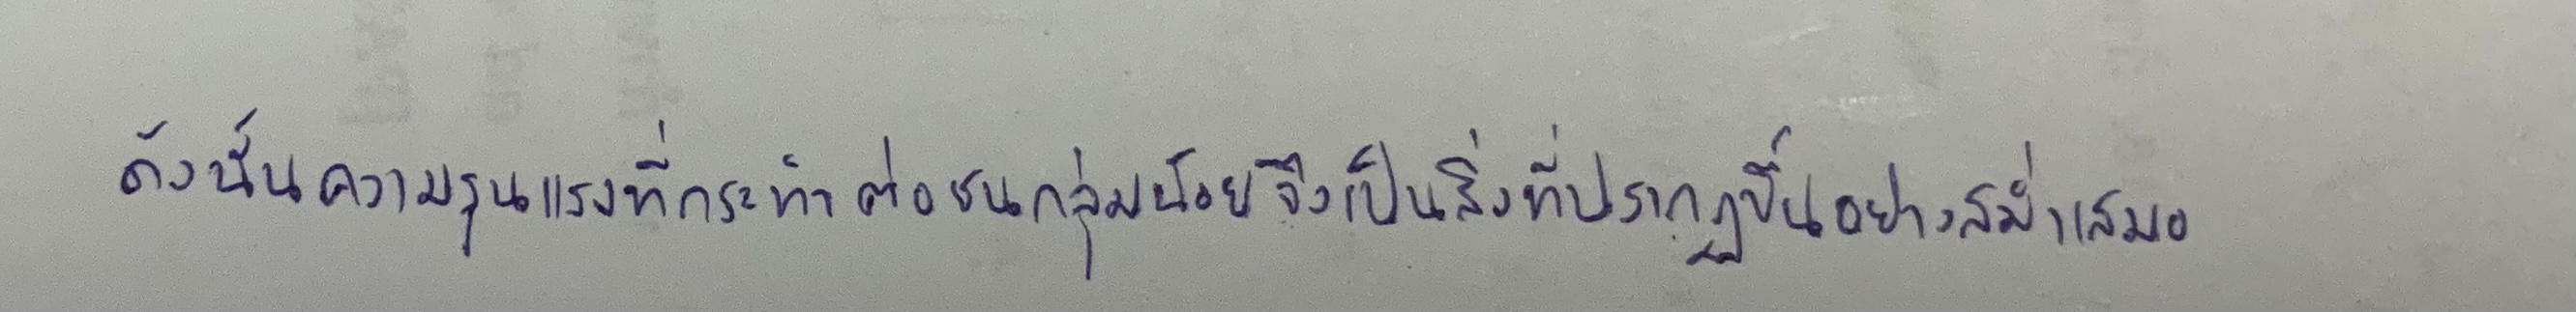
ดังนั้นความรุนแรงที่กระทำต่อชนกลุ่มน้อยจึงเป็นสิ่งที่ปรากฏขึ้นอย่างสม่ำเสมอ